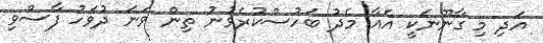
އަދި މި ގާނޫނަކީ އެއާ މެދު ބަހުސްކުރެވުނު ތިން ވަނަ ދުވަހު ފާސްވި